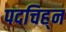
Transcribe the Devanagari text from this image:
पदचिह्‌न